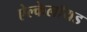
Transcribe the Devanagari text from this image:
ऐल्केलॉयड